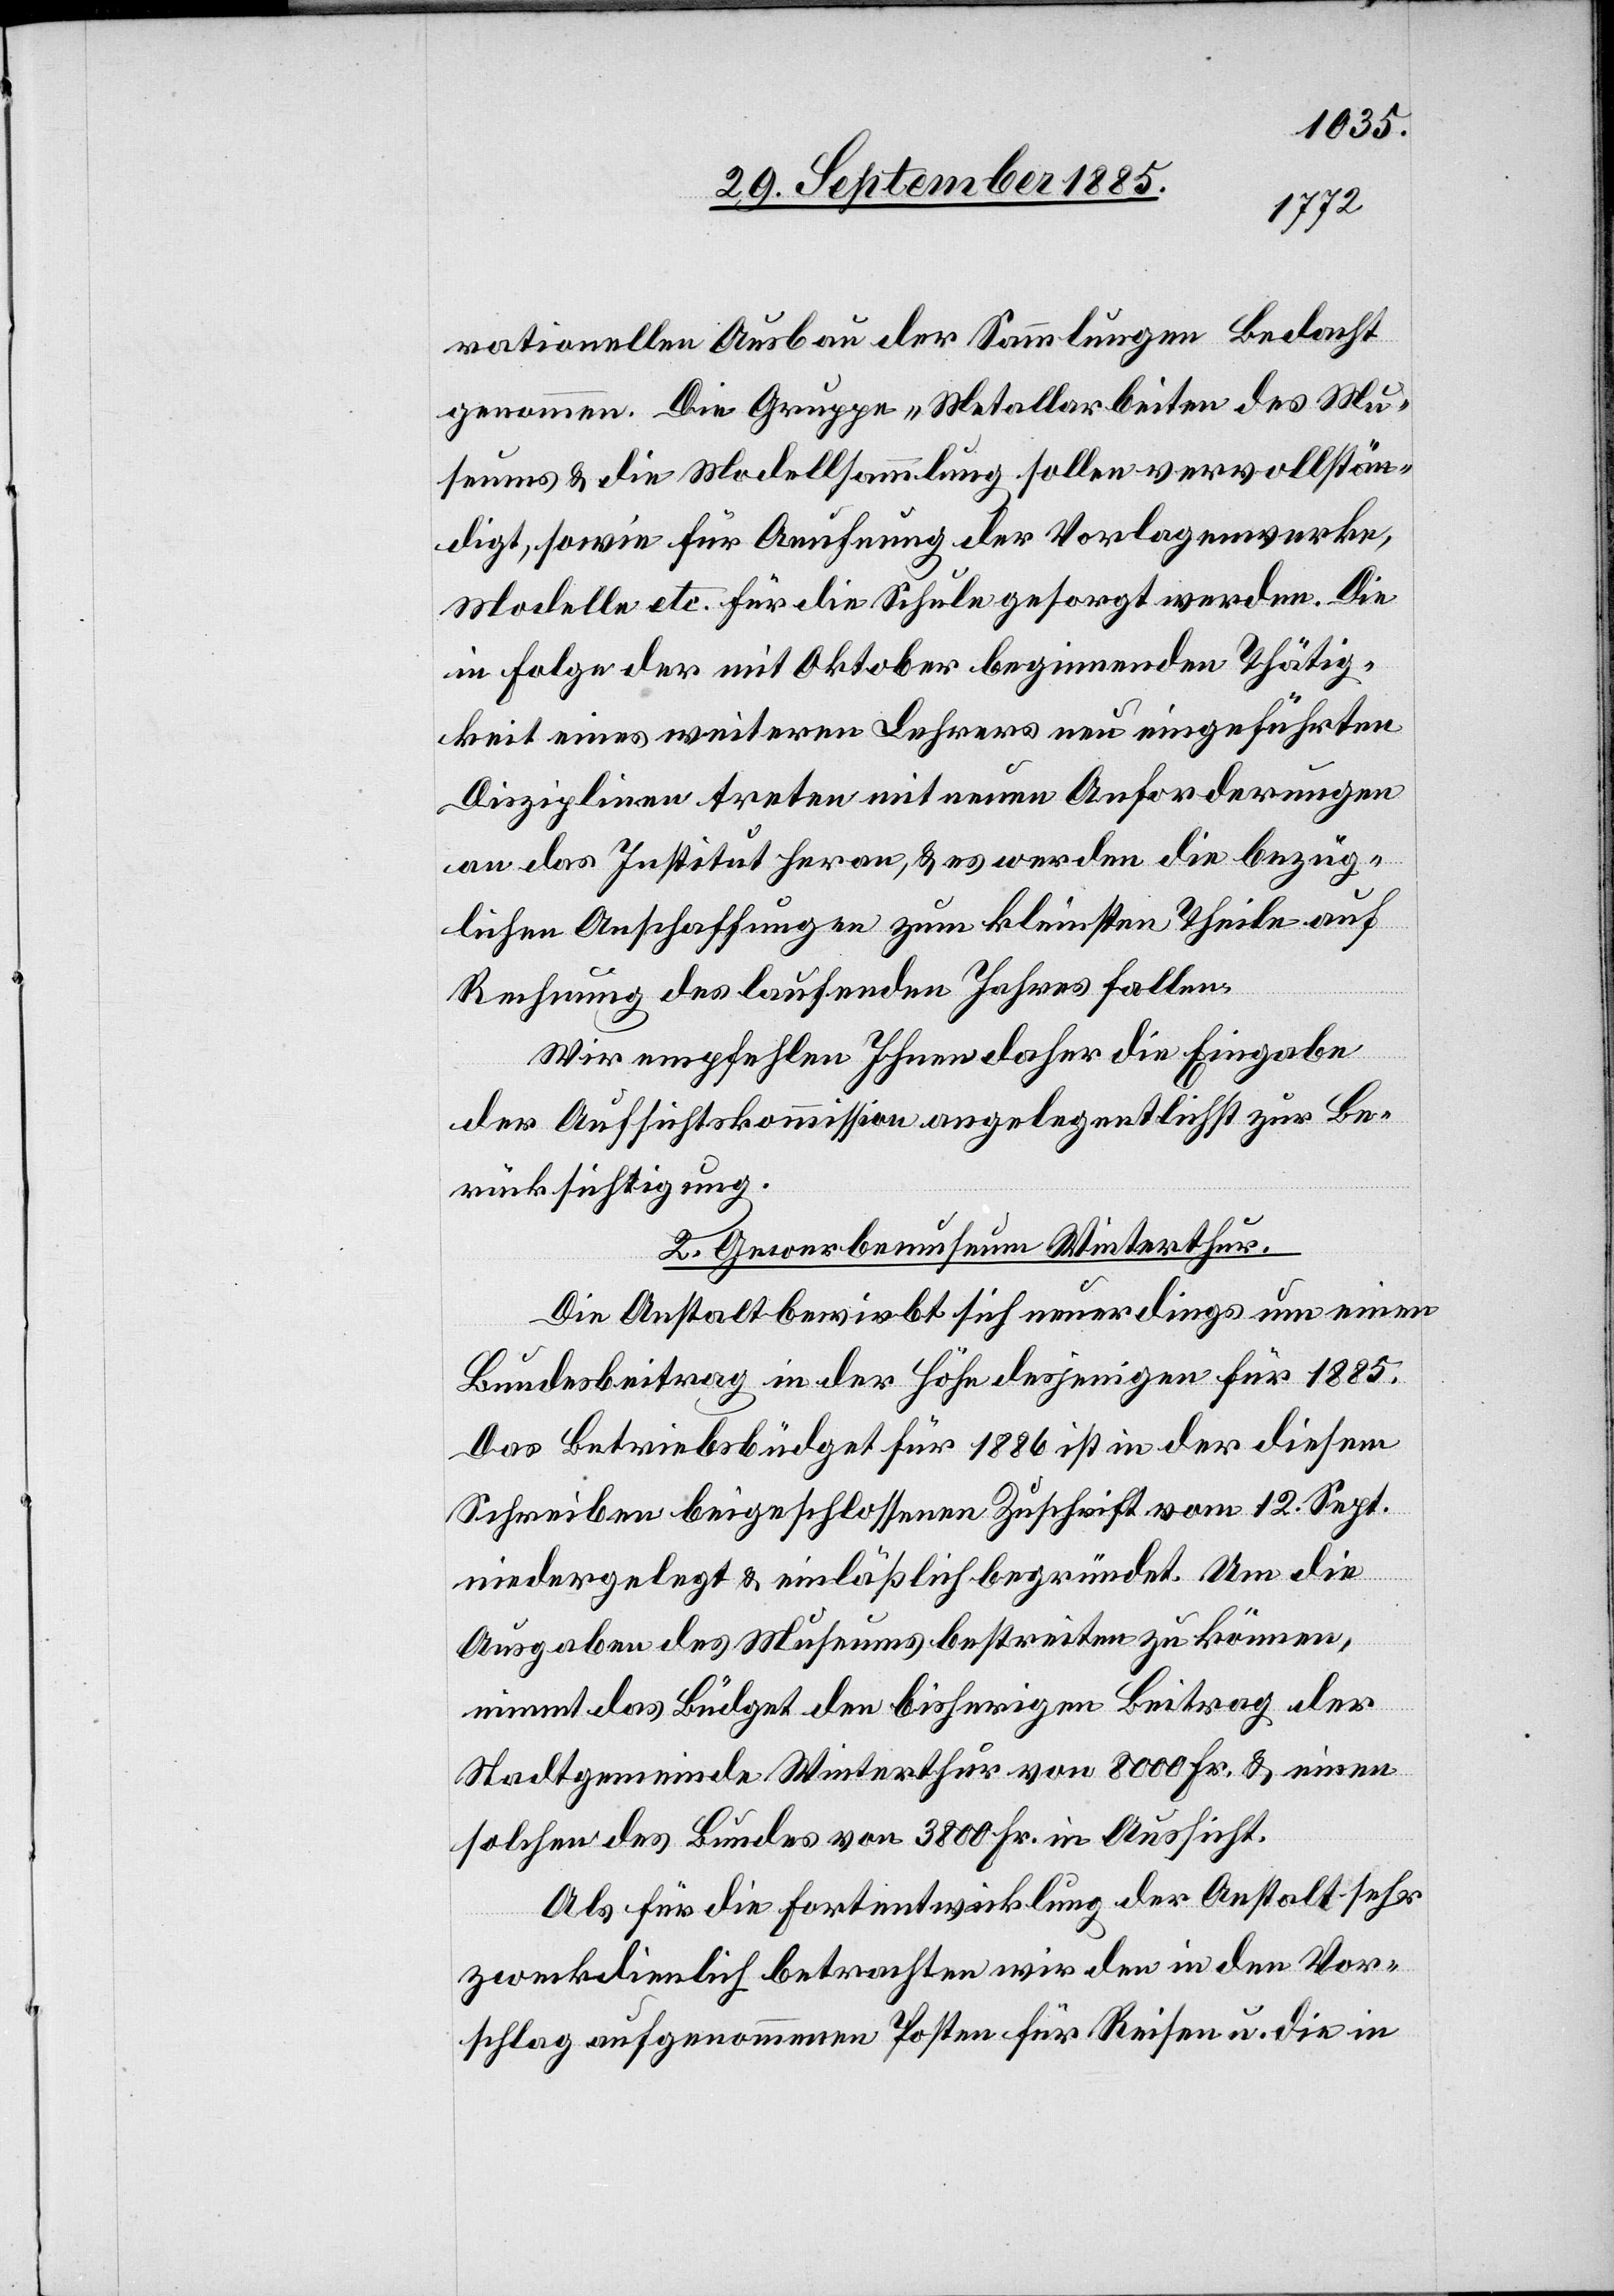
rationellen Ausbau der Sammlungen Bedacht
genommen. Die Gruppe Metallarbeiten des Mu¬
seums & die Modellsammlung sollen vervollstän¬
digt, sowie für Aurufung der Vorlagenwerke,
Modelle etc. für die Schule gesorgt werden. Die
in Folge der mit Oktober beginnenden Thätig¬
keit eines weiteren Lehrers neu eingeführten
Disziplinen treten mit neuen Anforderungen
an das Institut heran, & es werden die bezüg¬
lichen Anschaffungen zum kleinsten Theile auf
Rechnung des laufenden Jahres fallen.
Wir empfehlen Ihnen daher die Eingabe
der Aufsichtskommission angelegentlichst zur Be¬
rücksichtigung.
2. Gewerbemuseum Winterthur.
Die Anstalt bewirbt sich neuerdings um einen
Bundesbeitrag in der Höhe desjenigen für 1885.
Das Betriebsbüdget für 1886 ist in der diesem
Schreiben beigeschlossenen Zuschrift vom 12. Sept.
niedergelegt & einläßlich begründet. Um die
Ausgaben des Museums bestreiten zu können,
nimmt das Büdget den bisherigen Betrag der
Stadtgemeinde Winterthur von 8000 Fr. & einen
solchen des Bundes von 3800 Fr. in Aussicht.
Als für die Fortentwicklung der Anstalt sehr
zweckdienlich betrachten wir den in den Vor¬
schlag aufgenommenen Posten für Reisen u. die in